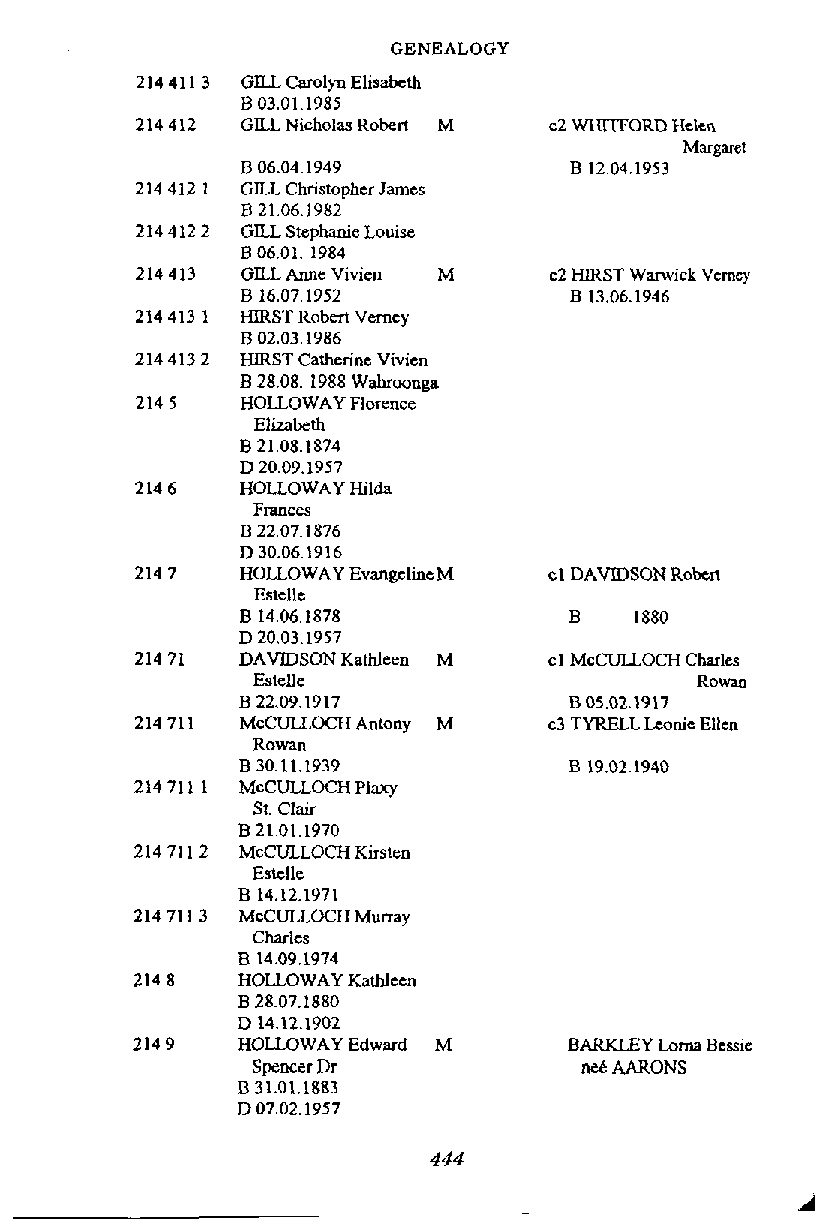
GENEALOGY
 GIU Carolyn Elisabcth
 B 03.01.1985
 GILL Nicholas Robert M c2 W O R DH clen
 Margaret
 B 06.04.1949          B 1204.1953
 GILL Christopher James
 B 21.06.1982
 GIU Stephanie Louise
 B 06.01. 1984
 GILL Anne Vivien M
 B 16.07.1952
 HIRST Robert Vemcy
 B 02.03.1986
 HIRST Catherine Vivien
 B 28.08. 1988 Wahrwnga
 HOLLOWAY Florence
 Elizabeth
 B 21.08.1874
 D 20.09.1957
 HOLLOWAY Hilda
 Flances
 B 2207,1876
 D 30.06l916
 HOLLOWAY EvangelineM cl DAVIDSON Robert
 Estcllc
 B 14.06.1878          B   1880
 D 20.03.1957
 DAVIDSON Kathleen M cl McCULLOCH Charles
 Rowao
 B 05.02.1917
 McCULLOCH Antony M  c3 TYRELL Leonie Ellen
 Rowan
 B 30.11.1939          B 19.02.1940
 McCULLOCH Plaxy
 st. ClaiI
 B 21.01.1970
 McCULLOCH Kirsten
 Estelle
 B 14.12.1971
 McCULLOCH Murray
 Charlcs
 B 14.09.1974
 HOLLOWAY Kathleen
 B 28.07.1880
 D 14.12.1902
 HOLLOWAY Edward M     BARKLEY Lorn Bessie
 Spencer Dr           nee AARONS
 B 31.01.1883
 D 07.02.1957